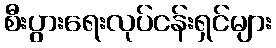
စီးပွားရေးလုပ်ငန်းရှင်များ